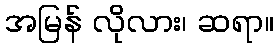
အမြန် လိုလား၊ ဆရာ။